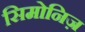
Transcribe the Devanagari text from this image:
सिमोनिज़